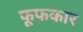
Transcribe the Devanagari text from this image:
फूफकार